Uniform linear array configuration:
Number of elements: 8
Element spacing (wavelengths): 0.75
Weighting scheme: exponential
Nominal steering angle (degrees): -30
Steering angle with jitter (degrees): -31.04
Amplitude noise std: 0.05
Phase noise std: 0.05

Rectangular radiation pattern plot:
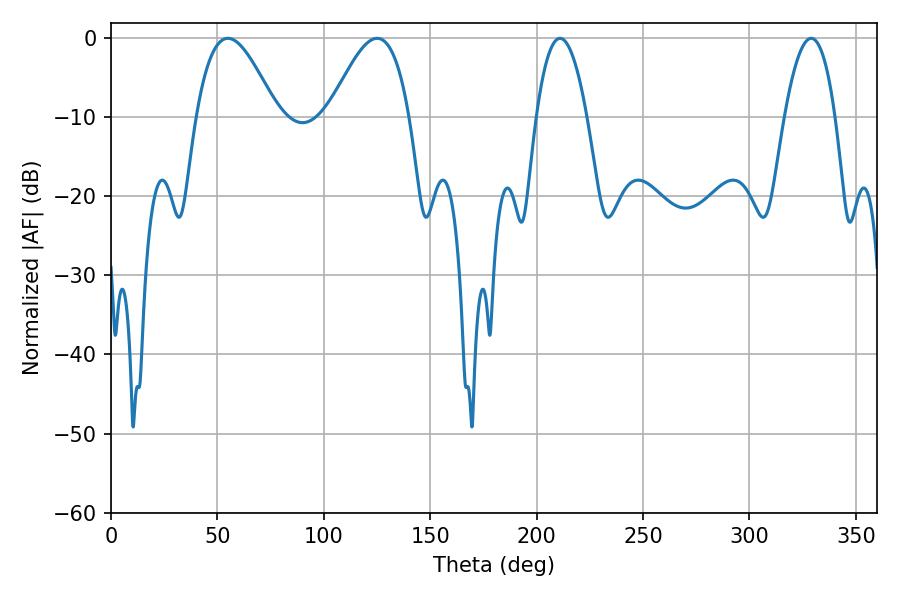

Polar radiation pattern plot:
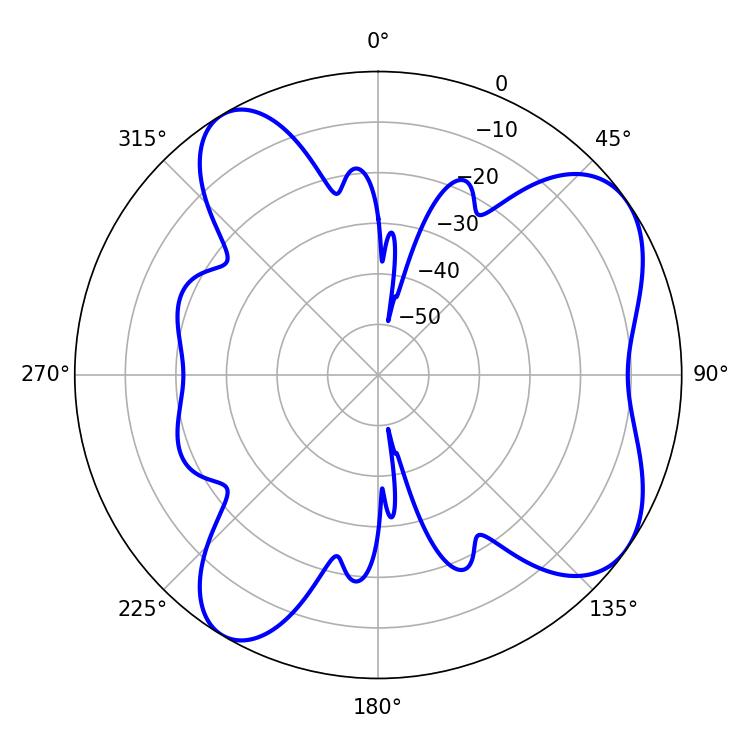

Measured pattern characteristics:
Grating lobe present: TRUE
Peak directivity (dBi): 6.879
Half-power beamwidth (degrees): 20.52
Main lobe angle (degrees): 54.9